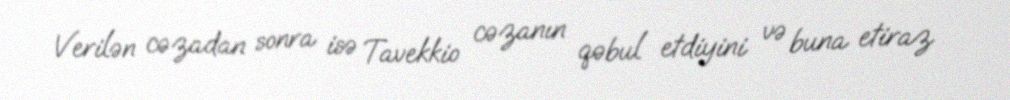
Verilən cəzadan sonra isə Tavekkio cəzanın qəbul etdiyini və buna etiraz